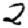
Digit: 2